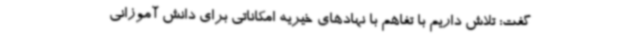
گفت: تلاش داریم با تفاهم با نهادهای خیریه امکاناتی برای دانش آموزانی